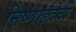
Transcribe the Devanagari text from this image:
निष्णाईदेवी